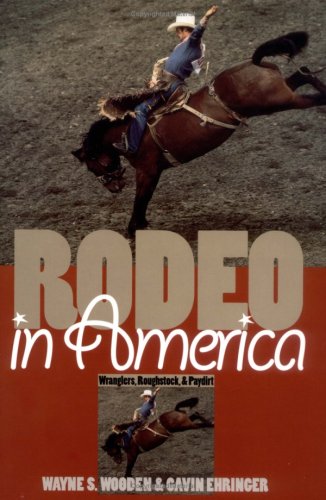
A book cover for Rodeo in America: Wranglers, Roughstock, and Paydirt; Wayne S. Wooden; Sports & Outdoors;